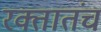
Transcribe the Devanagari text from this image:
रक्तातंच